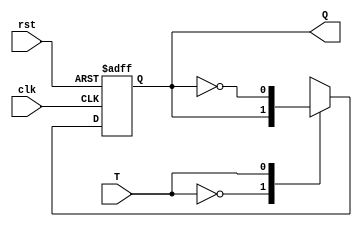
// Verilog model of T flip flop

module TFF (
	input T, clk, rst,
	output reg Q
);

	always @ (posedge clk, negedge rst)
		if (!rst) Q <= 0;
		else case (T)
			1'b0 : Q <= Q;
			1'b1 : Q <= !Q;
		endcase

endmodule